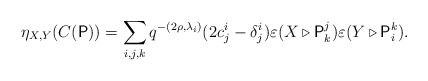
LaTeX: \begin{align*}\eta_{X, Y} (C(\mathsf{P})) = \sum_{i, j, k} q^{-(2\rho, \lambda_i)} (2c^i_j - \delta^i_j) \varepsilon(X \triangleright\mathsf{P}^j_k) \varepsilon(Y \triangleright \mathsf{P}^k_i).\end{align*}